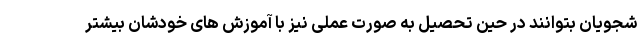
شجویان بتوانند در حین تحصیل به صورت عملی نیز با آموزش های خودشان بیشتر